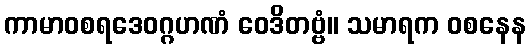
ကာမာဝစရဒေဝဂ္ဂဟဏံ ဝေဒိတဗ္ဗံ။ သမာရက ဝစနေန